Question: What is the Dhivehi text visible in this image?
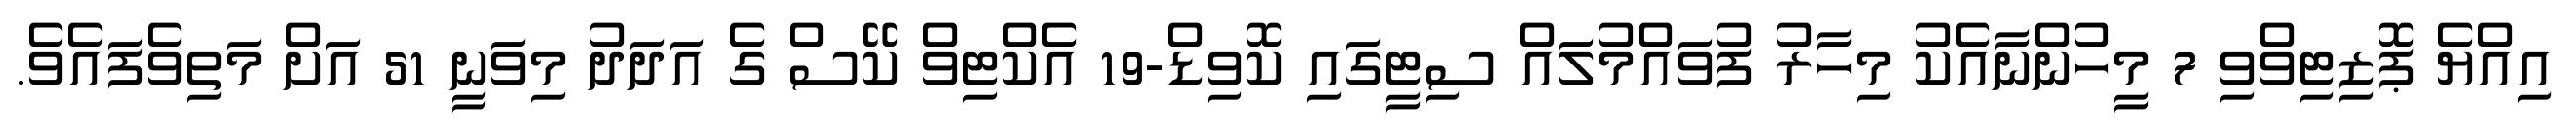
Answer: އިއްޔެ ޕޮޒިޓިވްވި 7 މީހުންނާއެކު މިހާރު ފުވައްމުލައް ސިޓީގައި ކޮވިޑް-19 އެކްޓިވް ކޭސް ގެ އަދަދު މިވަނީ 51 އަށް މަތިވެފައެވެ.